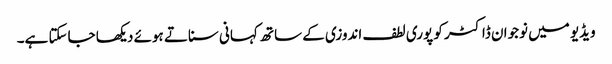
ویڈیو میں نوجوان ڈاکٹر کو پوری لطف اندوزی کے ساتھ کہانی سناتے ہوئے دیکھا جاسکتا ہے۔